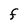
Character: F